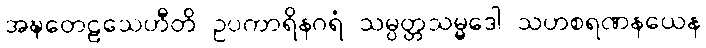
အဍ္ဎတေဠသေဟီတိ ဥပကာရိနဂရံ သမ္ပတ္တသမ္မဒေါ သဟစရဏနယေန